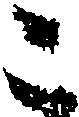
こ